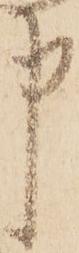
申